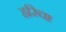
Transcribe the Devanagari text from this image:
हरिचा